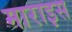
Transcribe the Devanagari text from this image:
माराइस